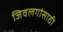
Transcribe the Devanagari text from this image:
जिवलगांसाठी